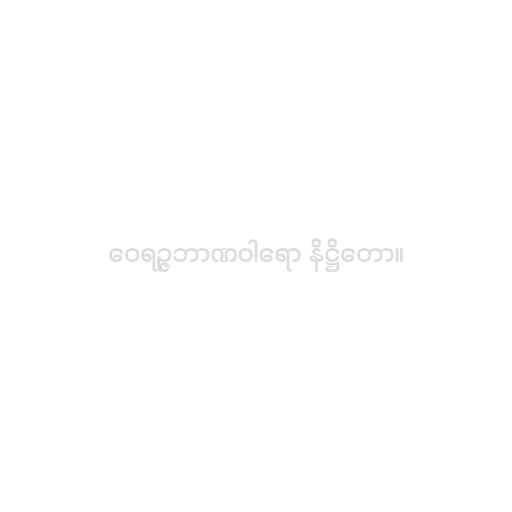
ဝေရဉ္ဇဘာဏဝါရော နိဋ္ဌိတော။